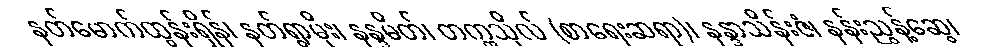
နတ်မောက်ထွန်းရှိန်၊ နတ်ရွာမိုး၊ နန္ဒမိတ်၊ တက္ကသိုလ် (စာရေးဆရာ)၊ နန္ဒာသိန်းဇံ၊ နန်းညွန့်ဆွေ၊